Code of medical and sanitary regulations for the guidance of medical officers serving in the Madras Presidency - Volume I
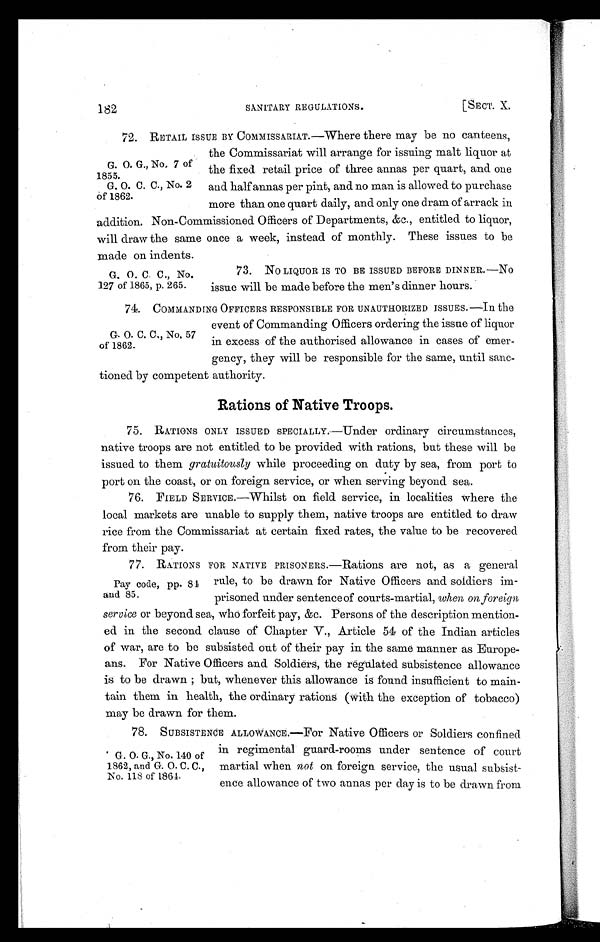
1 8 2
SANITARY REGULATIONS.
[SECT. X.
G. O. G., No 7 of
1855.
G. O. C. C., No. 2
of 1862.
72. RETAIL ISSUE BY C0MMISSARIAT.—Where there may be no canteens,
the Commissariat will arrange for issuing malt liquor at
the fixed retail price of three annas per quart, and one
and half annas per pint, and no man is allowed to purchase
more than one quart daily, and only one dram of arrack in
addition. Non-Commissioned. Officers of Departments, &c., entitled to liquor,
will draw the same once a week, instead of monthly. These issues to be
made on indents.
G. O. C. C., No.
127 of 1865, p. 265.
73. NO LIQUOR IS TO BE ISSUED BEFORE DINNER.—N
o
issue will be made before the men's dinner hours.
G. O. C. C., No, 57
of 1862.
74. COMMANDING OFFICERS RESPONSIBLE FOR UNAUTHORIZED ISSUES.—In the
event of Commanding Officers ordering the issue of liquor
in excess of the authorised allowance in cases of emer-
gency, they will be responsible for the same, until sanc-
tioned by competent authority.
Rations of Native Troops.
75. RATIONS ONLY ISSUED SPECIALLY. —Under ordi nary ci rcumst ances,
native troops are not entitled to be provided with rations, but these will be
issued to them gratuitously while proceeding on duty by sea, from port to
port on the coast, or on foreign service, or when serving beyond sea.
76. FIELD SERVICE.—Whilst on field service, in localities where the
local markets are unable to supply them, native troops are entitled to draw
rice from the Commissariat at certain fixed rates, the value to be recovered
from their pay.
Pay code, pp. 8
4 a n d 8 5 .
77. RATIONS FOR NATIVE PRISONERS.—Rations are not, as a general
rule, to be drawn for Native Officers and soldiers im-
prisoned under sentence of courts-martial, when on foreign
service or beyond sea, who forfeit pay, &c. Persons of the description mention-
ed in the second clause of Chapter V., Article 54 of the Indian articles
of war, are to be subsisted out of their pay in the same manner as Europe-
ans. For Native Officers and Soldiers, the regulated subsistence allowance
is to be drawn; but, whenever this allowance is found insufficient to main-
tain them in health, the ordinary rations (with the exception of tobacco)
may be drawn for them.
G. O. G., No. 140 of
1862, and G. O. C. C.,
No. 118 of 1864.
78. SUBSISTENCE ALLOWANCE.—For Native Officers or Soldiers confined
in regimental guard-rooms under sentence of court
martial when not on foreign service, the usual subsist-
ence allowance of two annas per day is to be drawn from
.t.